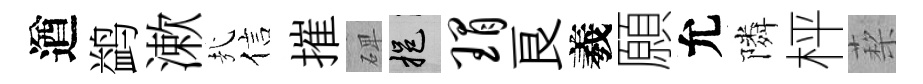
遒鹢漱㢤信摧𥓓挹瑁良羲願允隣枰蔾